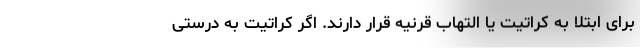
برای ابتلا به کراتیت یا التهاب قرنیه قرار دارند. اگر کراتیت به درستی